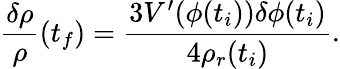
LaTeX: \frac{\delta\rho}{\rho}(t_{f})=\frac{3V^{\prime}(\phi(t_{i}))\delta\phi(t_{i})}{4\rho_{r}(t_{i})}.